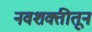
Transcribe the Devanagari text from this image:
नवशक्तीतून